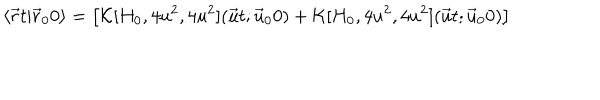
LaTeX: \langle \vec { r } t \vert \vec { r } _ { 0 } 0 \rangle = \bigl [ { \cal K } [ H _ { 0 } , 4 u ^ { 2 } , 4 u ^ { 2 } ] ( \vec { u } t ; \vec { u } _ { 0 } 0 ) + { \cal K } [ H _ { 0 } , 4 u ^ { 2 } , 4 u ^ { 2 } ] ( \vec { u } t ; \vec { u } _ { 0 } 0 ) \bigr ]